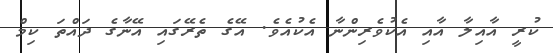
ކުރީ އާއިލާ އާއި އެކުވެރިންނާ އެކުއެވެ. އޭގެ ތެރޭގައި އޭނާގެ ދައްތަ ކިމް